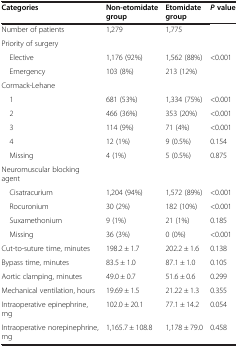
| Categories | Non-etomidate group | Etomidate group | Pvalue |
 | --- | --- | --- | --- |
 | Number of patients | 1,279 | 1,775 |  |
 | Priority of surgery |  |  |  |
 | Elective | 1,176 (92%) | 1,562 (88%) | <ROWSPAN=2> <0.001 |
 | Emergency | 103 (8%) | 213 (12%) |
 | Cormack-Lehane |  |  |  |
 | 1 | 681 (53%) | 1,334 (75%) | <0.001 |
 | 2 | 466 (36%) | 353 (20%) | <0.001 |
 | 3 | 114 (9%) | 71 (4%) | <0.001 |
 | 4 | 12 (1%) | 9 (0.5%) | 0.154 |
 | Missing | 4 (1%) | 5 (0.5%) | 0.875 |
 | Neuromuscular blocking agent |  |  |  |
 | Cisatracurium | 1,204 (94%) | 1,572 (89%) | <0.001 |
 | Rocuronium | 30 (2%) | 182 (10%) | <0.001 |
 | Suxamethonium | 9 (1%) | 21 (1%) | 0.185 |
 | Missing | 36 (3%) | 0 (0%) | <0.001 |
 | Cut-to-suture time, minutes | 198.2 ± 1.7 | 202.2 ± 1.6 | 0.138 |
 | Bypass time, minutes | 83.5 ± 1.0 | 87.1 ± 1.0 | 0.105 |
 | Aortic clamping, minutes | 49.0 ± 0.7 | 51.6 ± 0.6 | 0.299 |
 | Mechanical ventilation, hours | 19.69 ± 1.5 | 21.22 ± 1.3 | 0.355 |
 | Intraoperative epinephrine, mg | 102.0 ± 20.1 | 77.1 ± 14.2 | 0.054 |
 | Intraoperative norepinephrine, mg | 1,165.7 ± 108.8 | 1,178 ± 79.0 | 0.458 |